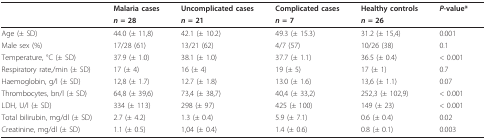
<table><thead><tr><td></td><td><b>Malaria cases</b></td><td><b>Uncomplicated cases</b></td><td><b>Complicated cases</b></td><td><b>Healthy controls</b></td><td><b><i>P</i>-value*</b></td></tr><tr><td></td><td><b><i>n </i>= 28</b></td><td><b><i>n </i>= 21</b></td><td><b><i>n </i>= 7</b></td><td><b><i>n </i>= 26</b></td><td></td></tr></thead><tbody><tr><td>Age (± SD)</td><td>44.0 (± 11,8)</td><td>42.1 (± 10.2)</td><td>49.3 (± 15.3)</td><td>31.2 (± 15,4)</td><td>0.001</td></tr><tr><td>Male sex (%)</td><td>17/28 (61)</td><td>13/21 (62)</td><td>4/7 (57)</td><td>10/26 (38)</td><td>0.1</td></tr><tr><td>Temperature, °C (± SD)</td><td>37.9 (± 1.0)</td><td>38.1 (± 1.0)</td><td>37.7 (± 1.1)</td><td>36.5 (± 0.4)</td><td>&lt; 0.001</td></tr><tr><td>Respiratory rate,/min (± SD)</td><td>17 (± 4)</td><td>16 (± 4)</td><td>19 (± 5)</td><td>17 (± 1)</td><td>0.7</td></tr><tr><td>Haemoglobin, g/l (± SD)</td><td>12,8 (± 1.7)</td><td>12.7 (± 1.8)</td><td>13.0 (± 1.6)</td><td>13,6 (± 1.1)</td><td>0.07</td></tr><tr><td>Thrombocytes, bn/l (± SD)</td><td>64,8 (± 39,6)</td><td>73,4 (± 38,7)</td><td>40,4 (± 33,2)</td><td>252,3 (± 102,9)</td><td>&lt; 0.001</td></tr><tr><td>LDH, U/l (± SD)</td><td>334 (± 113)</td><td>298 (± 97)</td><td>425 (± 100)</td><td>149 (± 23)</td><td>&lt; 0.001</td></tr><tr><td>Total bilirubin, mg/dl (± SD)</td><td>2.7 (± 4.2)</td><td>1.3 (± 0.4)</td><td>5.9 (± 7.1)</td><td>0.6 (± 0.4)</td><td>0.02</td></tr><tr><td>Creatinine, mg/dl (± SD)</td><td>1.1 (± 0.5)</td><td>1,04 (± 0.4)</td><td>1.4 (± 0.6)</td><td>0.8 (± 0.1)</td><td>0.003</td></tr></tbody></table>